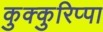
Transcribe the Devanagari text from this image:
कुक्कुरिप्पा